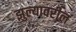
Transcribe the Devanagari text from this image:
झुल्यावरील